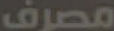
مصرف